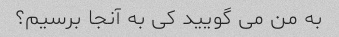
به من می گویید کی به آنجا برسیم؟